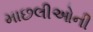
માછલીઓની